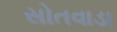
સોતવાડા